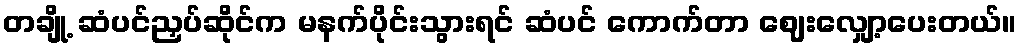
တချို့ ဆံပင်ညှပ်ဆိုင်က မနက်ပိုင်းသွားရင် ဆံပင် ကောက်တာ ဈေးလျှော့ပေးတယ်။